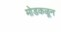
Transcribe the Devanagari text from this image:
मोडकळून